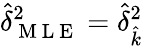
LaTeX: \hat{\delta}_{\mathrm{~M~L~E~}}^{2}=\hat{\delta}_{\hat{k}}^{2}